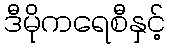
ဒီမိုကရေစီနှင့်